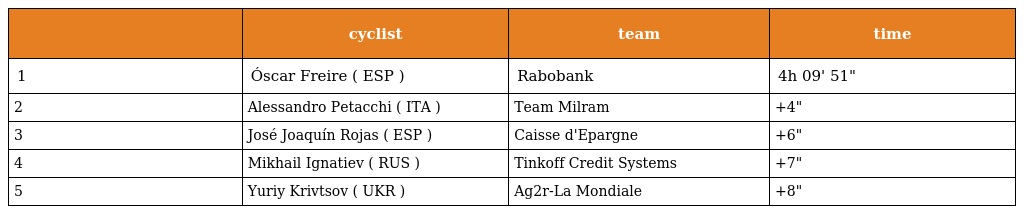
|  | cyclist | team | time |
 | --- | --- | --- | --- |
 | 1 | Óscar Freire ( ESP ) | Rabobank | 4h 09' 51" |
 | 2 | Alessandro Petacchi ( ITA ) | Team Milram | +4" |
 | 3 | José Joaquín Rojas ( ESP ) | Caisse d'Epargne | +6" |
 | 4 | Mikhail Ignatiev ( RUS ) | Tinkoff Credit Systems | +7" |
 | 5 | Yuriy Krivtsov ( UKR ) | Ag2r-La Mondiale | +8" |